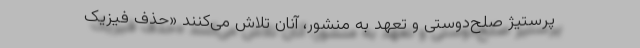
پرستیژِ صلح‌دوستی و تعهّد به منشور، آنان تلاش می‌کنند «حذفِ فیزیک